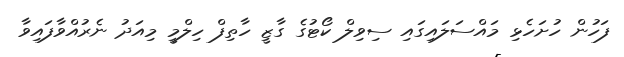
ފަހުން ހުށަހެޅި މައްސަލައިގައި ސިވިލް ކޯޓުގެ ގާޒީ ހާތިފް ހިލްމީ މިއަދު ނެރުއްވާފައިވާ